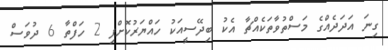
ގިނަ އަދަދެއްގެ މަސްތުވާތަކެއްޗާ އެކު ބިދޭސީއަކު ހައްޔަރުކޮށްފި 2 ހަފްތާ 6 ދުވަސް